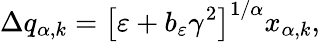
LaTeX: \Delta q_{\alpha,k}=\big[\varepsilon+b_{\varepsilon}\gamma^{2}\big]^{1/\alpha}x_{\alpha,k},